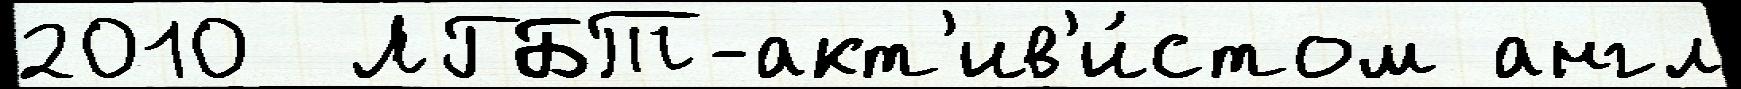
2010  ЛГБТ-акт'ив'и́стом англ